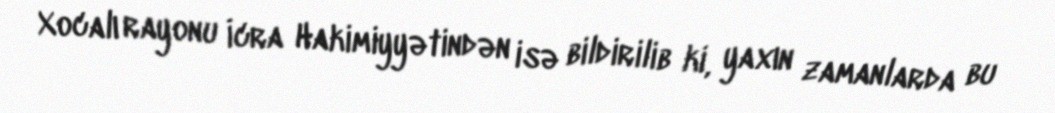
Xocalı rayonu İcra Hakimiyyətindən isə bildirilib ki, yaxın zamanlarda bu